Trukikaitis_Postimees, lk 54
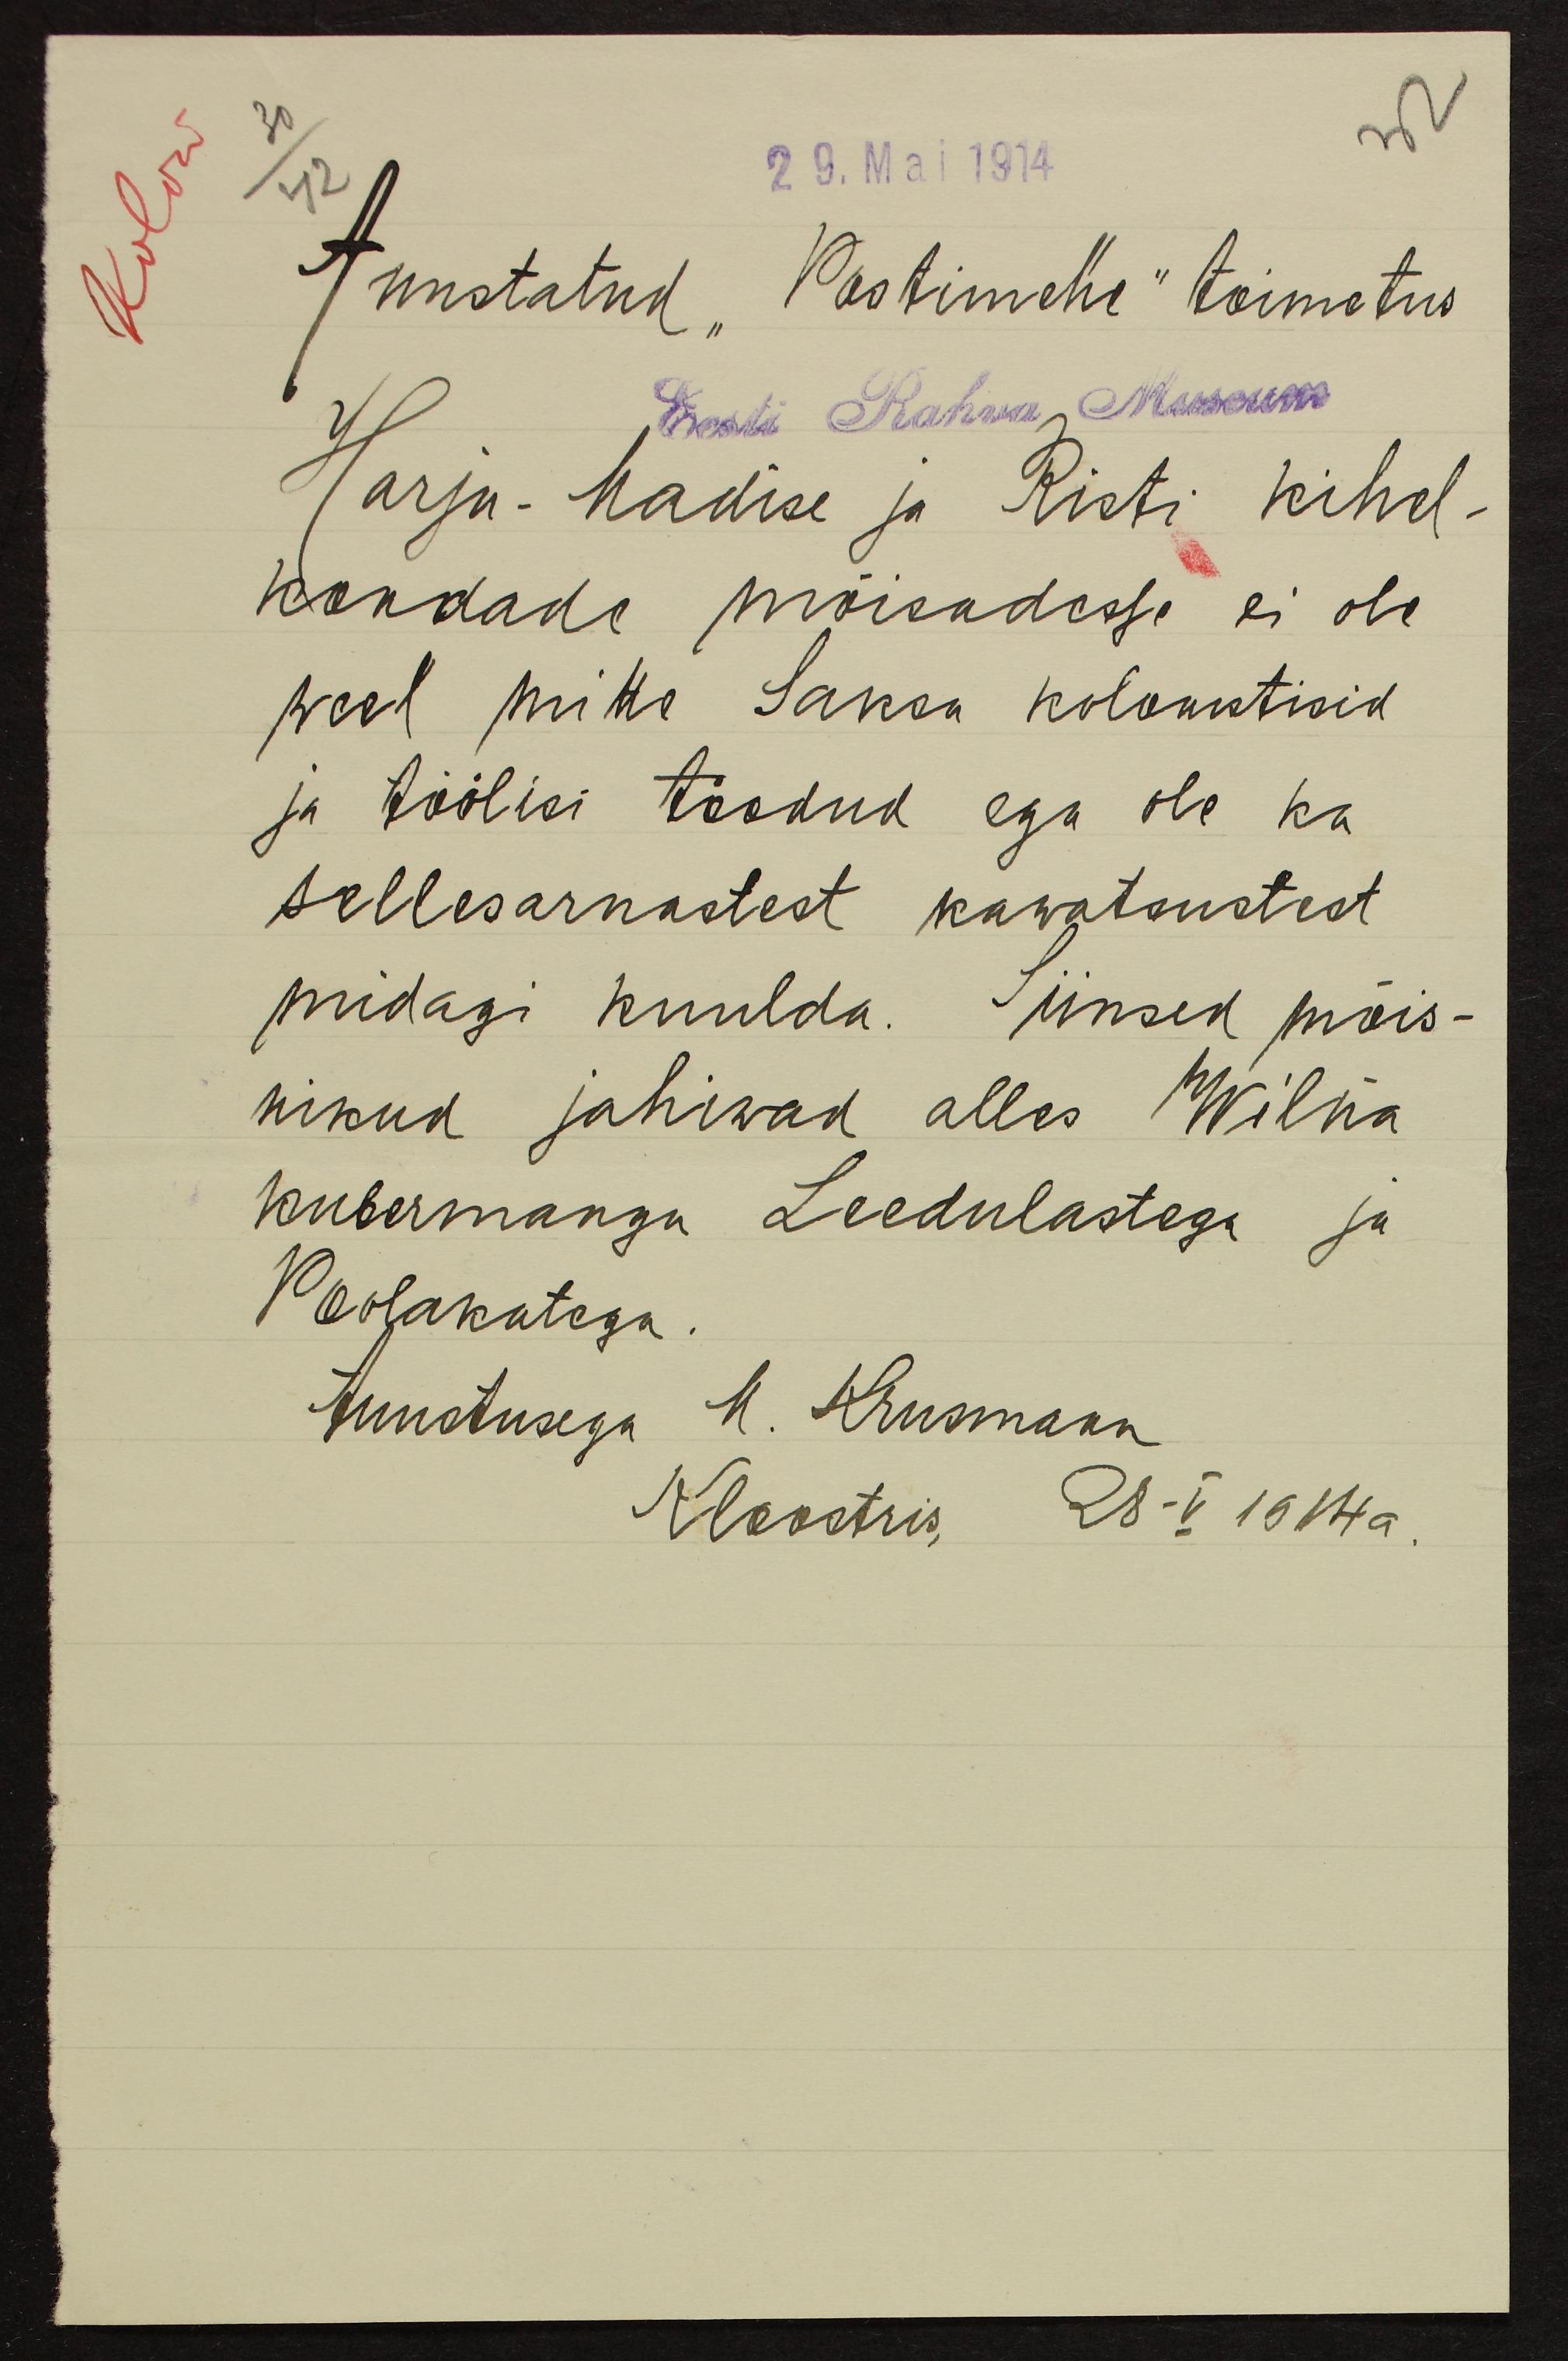
30
32
42
29. Mai 1914
Auustatud "Postimehe" toimetus
Eesti Rahva Museum
Harju-Madise ja Risti kihel-
kondade mõisadesse ei ole
weel mitte Saksa kolonistisid
ja töölisi toodud ega ole ka
sellesarnastest kawatsustest
midagi kuulda. Siinsed mõis-
nikud jahiwad alles Wilna
kubermangu Leedulastega ja
Poolakatega.
Auustusega M. Krusmann
Kloostris, 28-V 1914 a.